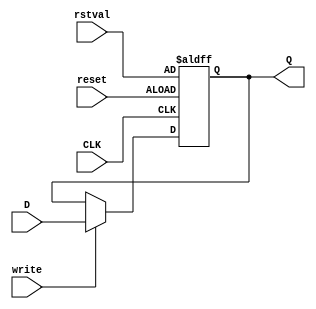
module reg_16b(
   input [15:0] D,
	input [15:0] rstval,
	input write,
   input reset,
   input CLK,
   output reg [15:0] Q
   );

	always @(posedge CLK or posedge reset) begin	//Only change on positive clock edge
		if (reset) Q <= rstval;
		else if (write) Q <= D;
	end

endmodule